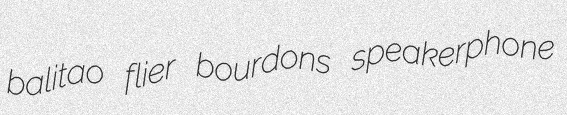
balitao flier bourdons speakerphone